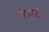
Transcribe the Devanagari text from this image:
नोवामोंट